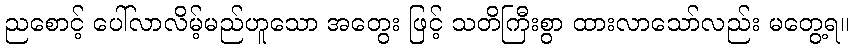
ညစောင့် ပေါ်လာလိမ့်မည်ဟူသော အတွေး ဖြင့် သတိကြီးစွာ ထားလာသော်လည်း မတွေ့ရ။